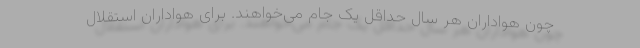
چون هواداران هر سال حداقل یک جام می‌خواهند. برای هواداران استقلال